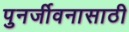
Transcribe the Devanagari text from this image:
पुनर्जीवनासाठी